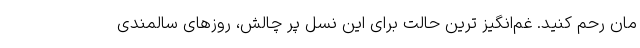
مان رحم کنید. غم‌انگیز ترین حالت برای این نسل پر چالش، روزهای سالمندی